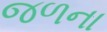
જળના